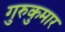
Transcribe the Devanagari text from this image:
गुरुकुमार